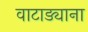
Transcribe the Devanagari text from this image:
वाटाड्याना